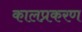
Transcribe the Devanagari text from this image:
कालप्रकरण